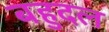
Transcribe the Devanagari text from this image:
बहुदल